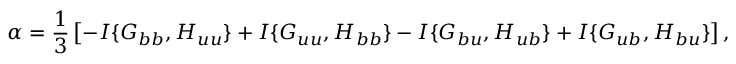
\alpha = \frac { 1 } { 3 } \left[ { - I \{ { G _ { b b } , H _ { u u } } \} + I \{ { G _ { u u } , H _ { b b } } \} - I \{ { G _ { b u } , H _ { u b } } \} + I \{ { G _ { u b } , H _ { b u } } \} } \right] ,